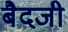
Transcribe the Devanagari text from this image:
बैदजी